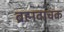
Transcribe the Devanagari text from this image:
ब्रह्मवाचक